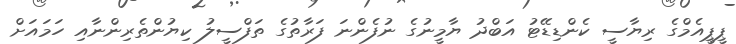
ޕީޕީއެމްގެ ރިޔާސީ ކެންޑިޑޭޓު އަބްދު ޔާމީނުގެ ނުފެންނަ ފަރާތުގެ ތަފްސީލު ކިޔުންތެރިންނާއި ހަމައަށް